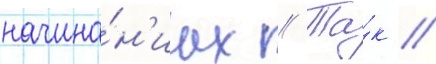
начина́н'иах // Та́к /